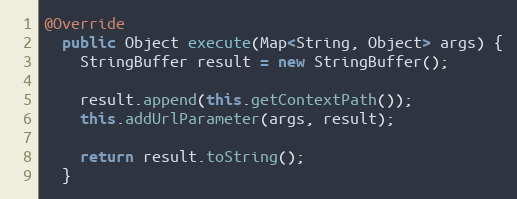
Language: Java
@Override
  public Object execute(Map<String, Object> args) {
    StringBuffer result = new StringBuffer();

    result.append(this.getContextPath());
    this.addUrlParameter(args, result);

    return result.toString();
  }